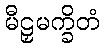
မီဠှမက္ခိတံ